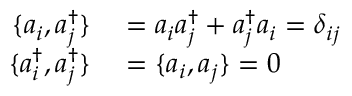
\begin{array} { r l } { \{ a _ { i } , a _ { j } ^ { \dagger } \} } & { { } = a _ { i } a _ { j } ^ { \dagger } + a _ { j } ^ { \dagger } a _ { i } = \delta _ { i j } } \\ { \{ a _ { i } ^ { \dagger } , a _ { j } ^ { \dagger } \} } & { { } = \{ a _ { i } , a _ { j } \} = 0 } \end{array}